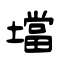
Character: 壋